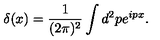
\delta ( x ) = \frac { 1 } { ( 2 \pi ) ^ { 2 } } \int d ^ { 2 } p e ^ { i p x } .